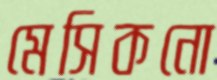
মেসিকনো